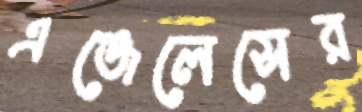
এঞ্জেলেসের